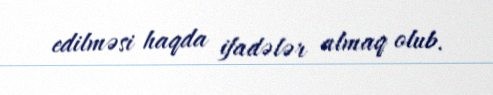
edilməsi haqda ifadələr almaq olub.